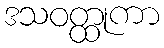
ဒသဝတ္ထုကာ